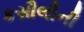
કસૌલીની